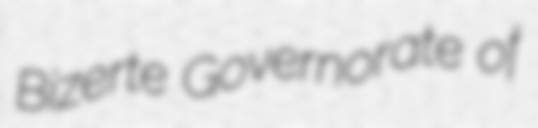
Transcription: Bizerte Governorate of